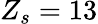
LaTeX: Z_{s}=13